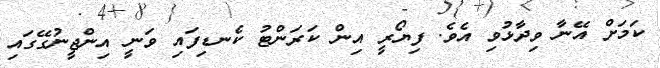
ކަމަށް އޭނާ ވިދާޅުވި އެވެ. ފިޔޯރީ އިން ކަރަންޓު ކެނޑިފައި ވަނީ އިންޖީނުގޭގައި